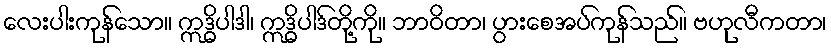
လေးပါးကုန်သော။ ဣဒ္ဓိပါဒါ၊ ဣဒ္ဓိပါဒ်တို့ကို။ ဘာဝိတာ၊ ပွားစေအပ်ကုန်သည်။ ဗဟုလီကတာ၊